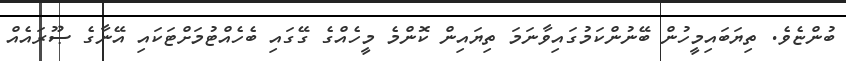
ބުންޏެވެ. ތިޔަބައިމީހުން ބޭނުންކަމުގައިވާނަމަ ތިޔައިން ކޮންމެ މީހެއްގެ ގޭގައި ބެހެއްޓުމަށްޓަކައި އޭނާގެ ޞޫރައެއް